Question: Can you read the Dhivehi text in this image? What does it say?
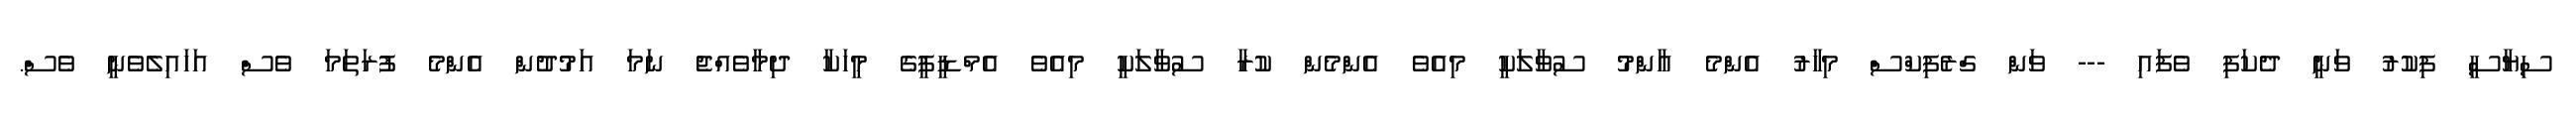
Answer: ސިޔާސީ ފިކުރު ވަނީ ދެކަފި ވެފައި --- ވަން ގްރެފިކްސް މިހާރު އެންމެ އާންމު ސުވާލަކީ މިއެވެ އެންމެން ކުރާ ސުވާލަކީ މިއެވެ އެމްޑީޕީގެ މީހަކާ ދިމާވެއްޖެ ނަމަ އަމުދުން އެންމެ ފުރަތަމަ ވެސް އަހައިލެވެނީ ވެސް.